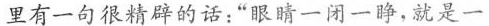
里有一句很精辟的话：”眼睛一闭一睁，就是一